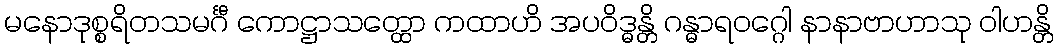
မနောဒုစ္စရိတသမင်္ဂီ ကောဋ္ဌာသတ္ထော ကထာဟိ အပဝိဒ္ဓန္တိ ဂန္ဓာရဝဂ္ဂေါ နာနာဗာဟာသု ဝါဟန္တိ